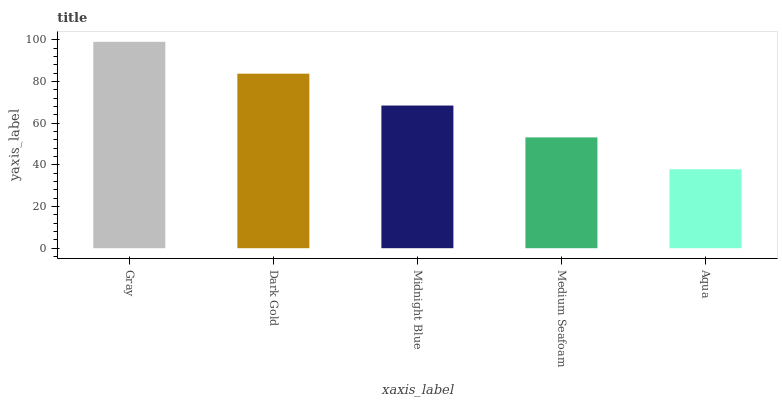
| xaxis_label | bars |
 | --- | --- |
 | Gray | 99 |
 | Dark Gold | 83.7 |
 | Midnight Blue | 68.4 |
 | Medium Seafoam | 53.2 |
 | Aqua | 37.9 |